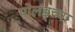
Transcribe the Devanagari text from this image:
पोलंड्च्या